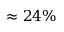
\approx 2 4 \%